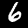
Label: 6